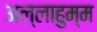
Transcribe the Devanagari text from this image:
अल्लाहुम्म